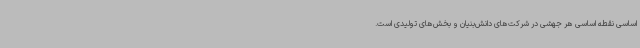
اساسی نقطه اساسی هر جهشی در شرکت‌های دانش‌بنیان و بخش‌های تولیدی است.